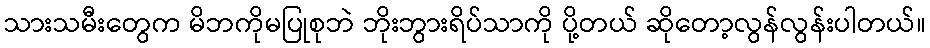
သားသမီးတွေက မိဘကိုမပြုစုဘဲ ဘိုးဘွားရိပ်သာကို ပို့တယ် ဆိုတော့လွန်လွန်းပါတယ်။